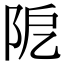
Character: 阸